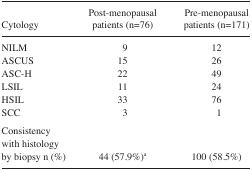
<table><thead><tr><td><b>Cytology</b></td><td><b>Post-menopausal patients (n=76)</b></td><td><b>Pre-menopausal patients (n=171)</b></td></tr></thead><tbody><tr><td>NILM</td><td>9</td><td>12</td></tr><tr><td>ASCUS</td><td>15</td><td>26</td></tr><tr><td>ASC-H</td><td>22</td><td>49</td></tr><tr><td>LSIL</td><td>11</td><td>24</td></tr><tr><td>HSIL</td><td>33</td><td>76</td></tr><tr><td>SCC</td><td>3</td><td>1</td></tr><tr><td>Consistency with histology by biopsy n (%)</td><td>44 (57.9%)<sup>a</sup></td><td>100 (58.5%)</td></tr></tbody></table>